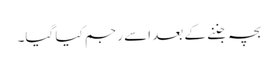
بچہ جننے کے بعد اسے رجم کیا گیا۔